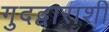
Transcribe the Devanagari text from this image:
गुदद्वाराशी